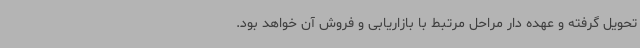
تحویل گرفته و عهده دار مراحل مرتبط با بازاریابی و فروش آن خواهد بود.